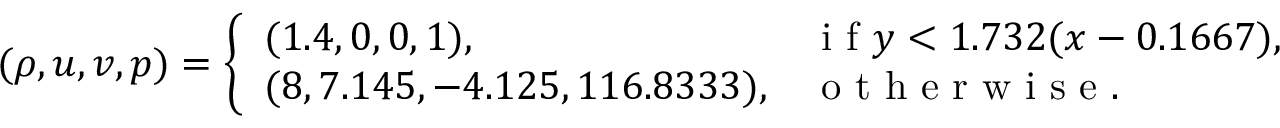
( \rho , u , v , p ) = \left\{ \begin{array} { l l } { ( 1 . 4 , 0 , 0 , 1 ) , } & { \mathrm { ~ i ~ f ~ } y < 1 . 7 3 2 ( x - 0 . 1 6 6 7 ) , } \\ { ( 8 , 7 . 1 4 5 , - 4 . 1 2 5 , 1 1 6 . 8 3 3 3 ) , } & { \mathrm { ~ o ~ t ~ h ~ e ~ r ~ w ~ i ~ s ~ e ~ . ~ } } \end{array} \right.